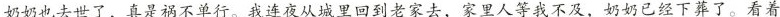
奶奶也去世了，真是祸不单行。我连夜从城里回到老家去，家里人等我不及，奶奶已经下葬了。看着